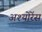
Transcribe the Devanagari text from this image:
अश्योरेंस